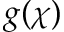
g ( \chi )